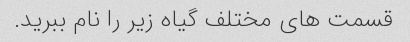
قسمت های مختلف گیاه زیر را نام ببرید.